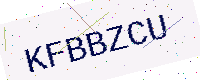
Text: KFBBZCU